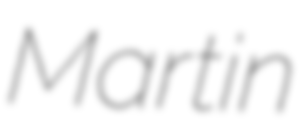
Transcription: Martin